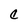
Character: c